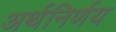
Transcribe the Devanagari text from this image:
अर्थनिर्णय